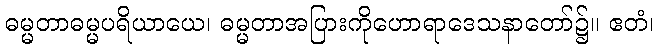
ဓမ္မတာဓမ္မပရိယာယေ၊ ဓမ္မတာအပြားကိုဟောရာဒေသနာတော်၌။ ဧတံ၊